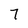
Character: 7